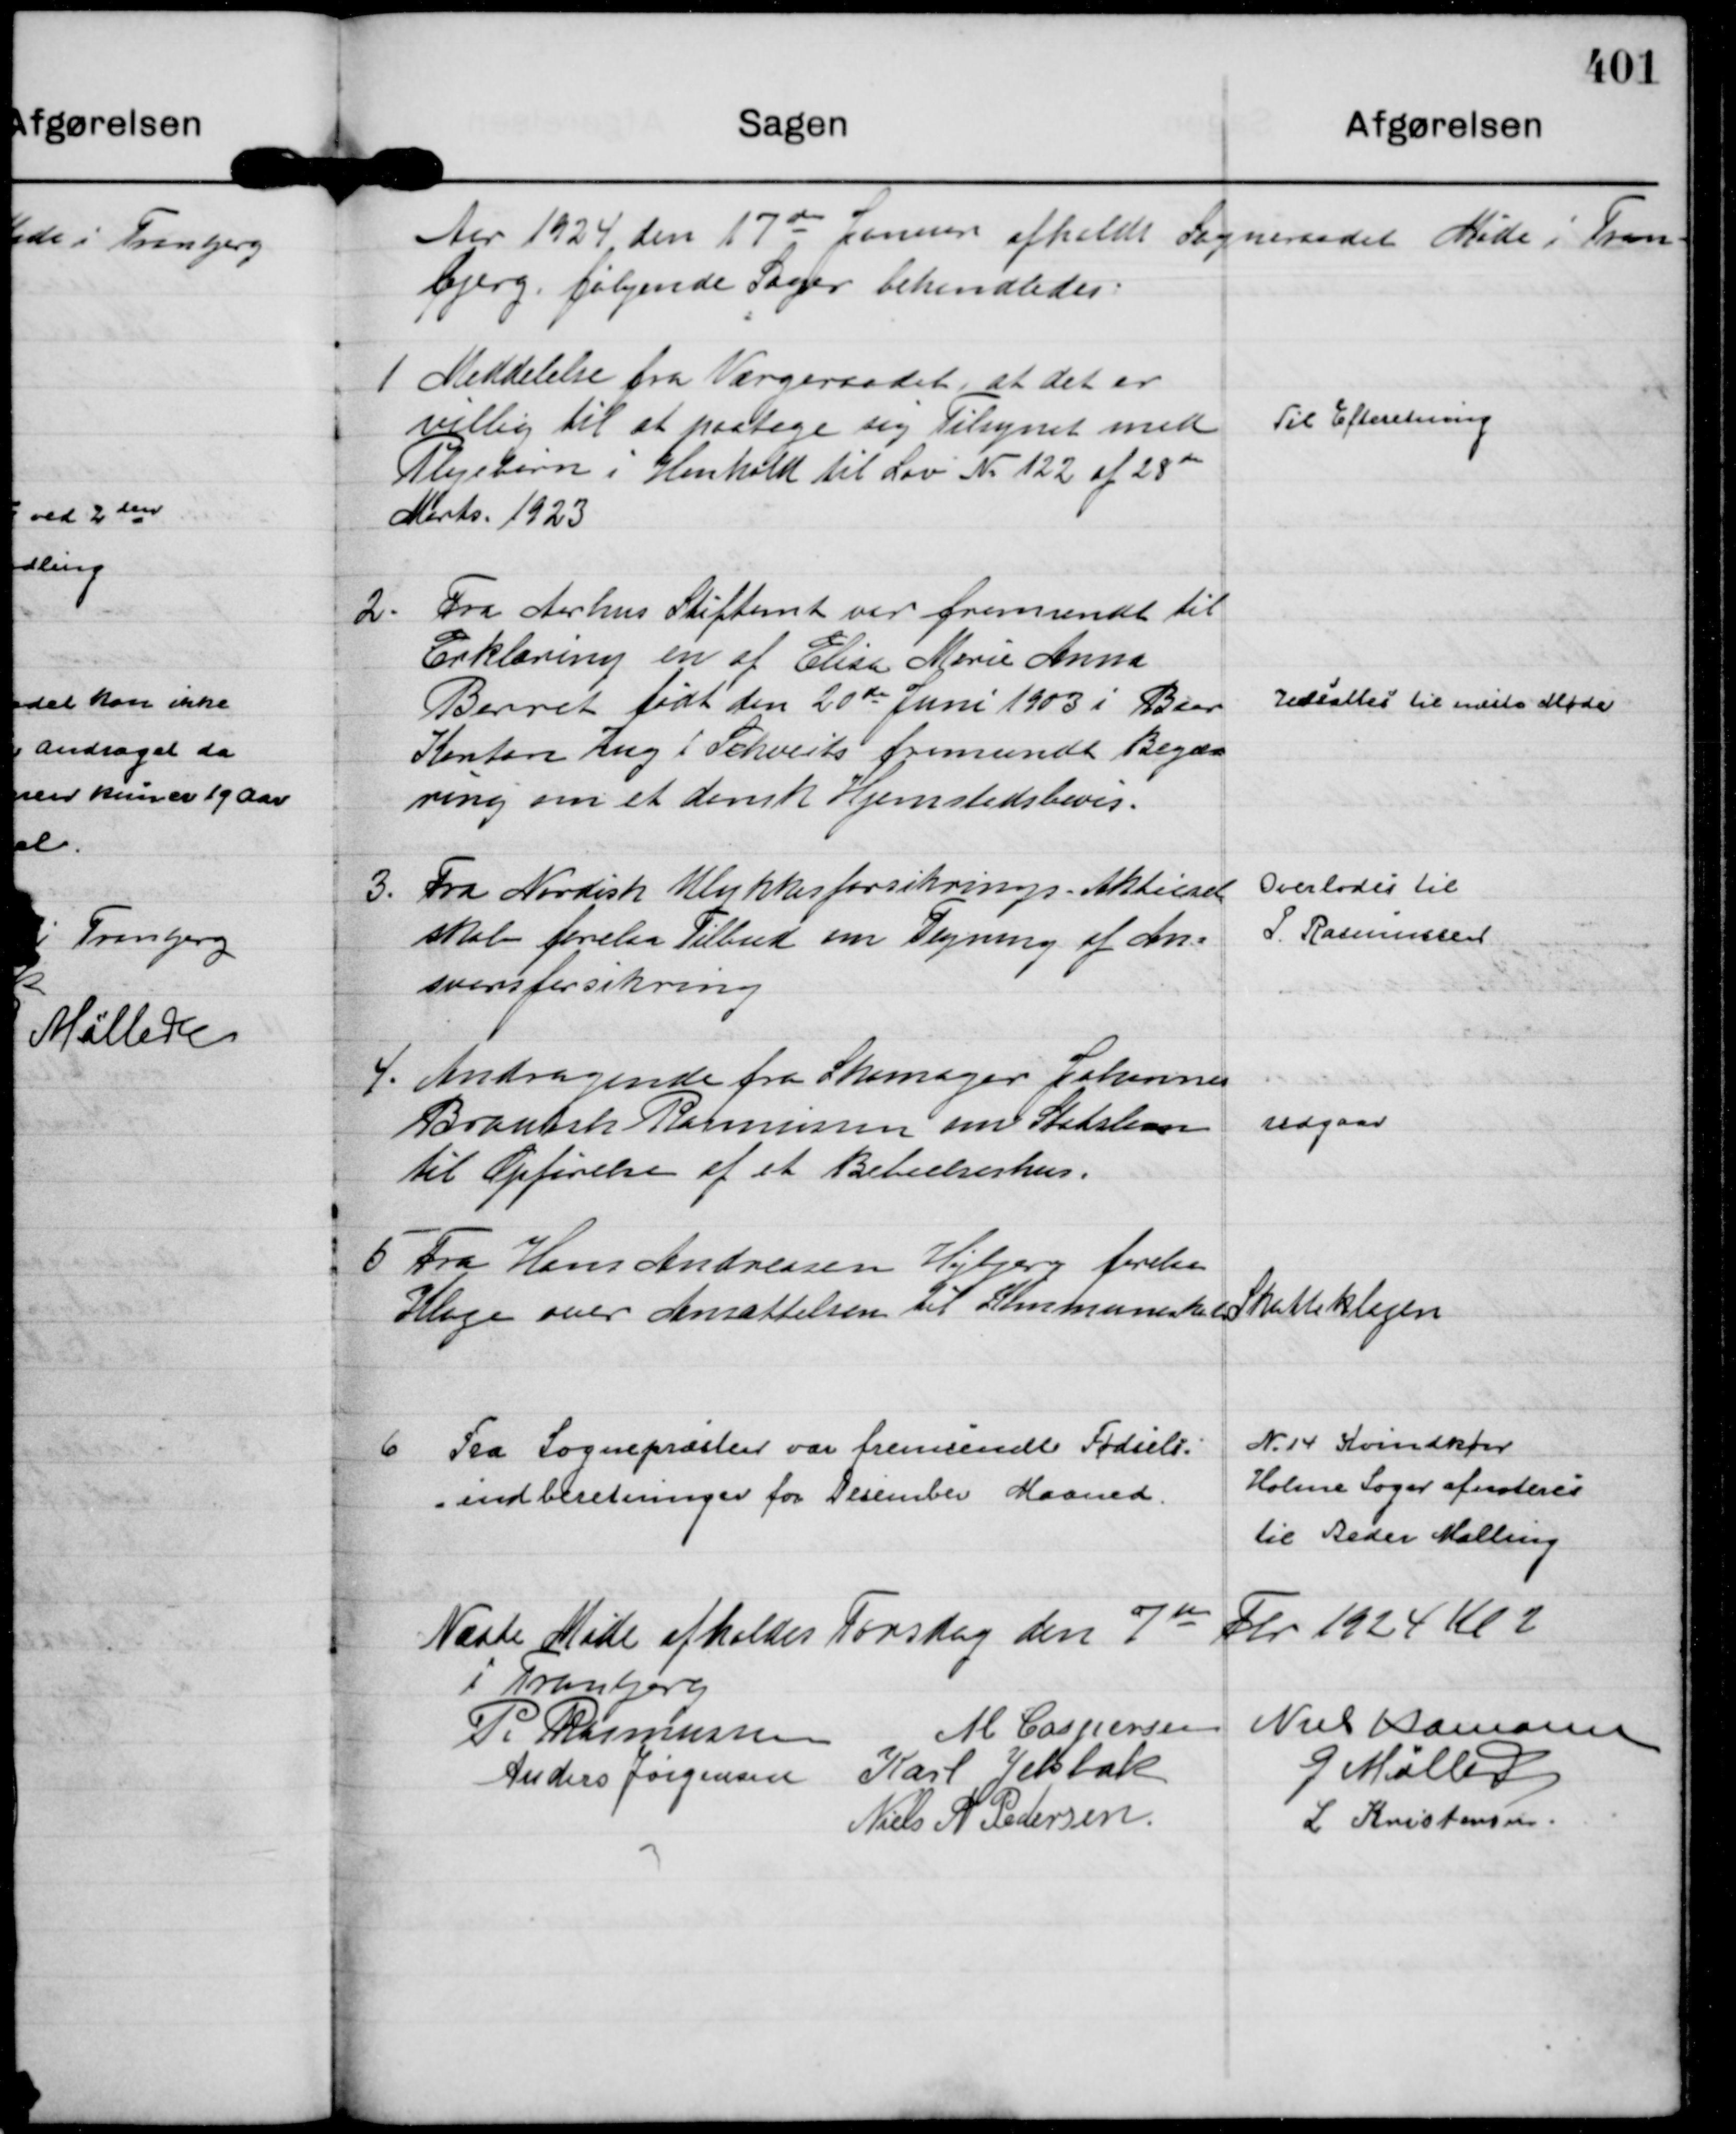
Transskription:
Aar 1924 den 17de 

Januar afholdt Sogneraadet Møde i Tran- 
bjerg, følgende Sager behandledes.

1
Meddelelse fra Værgeraadet, at det er
villig til at paatage sig Tilsynet med
Plejebørn i Henhold til Lov N. 122 af 28 de 
Marts. 1923

Til Efteretning

2.
Fra Aarhus Stiftamt var fremsendt til
Erklæring en af Elisa Marie Anna
Barret født den 20 de Juni 1903 i Baar
Kanton Zug i Schveits fremsendt Begæ= 
ring om et dansk Hjemstedbevis.

Udsættes til næste Møde

3.
Fra Nordisk Ulykkesforsikrings - Aktiesel=
skab forelaa Tilbud om Tegning af An=
svarsforsikring

Overlodes til
P. Rasmussen

4.
Andragende fra Skomager Johannes
Brantsh Rasmussen om Statslaan 
til Opførelse af et Beboelseshus.

udgaar

5
Fra Hans Andreasen Højbjerg forelaa
Klage over Ansættelsen til Kommuneskat Skatteklagen

6
Fra Sognepræsten var fremsendt Fødsels=
=indberetninger for Desember Maaned.

N. 14 Kvindkøn
Holme Sogn afnoteres
til Beder Malling

Næste Møde afholdes Torsdag den 7 den Fbr 1924 Kl 2
i Tranbjerg
P. Rasmussen
M Caspersen
Niels Hamann
Anders Jørgensen
Karl Jelsbak
G Møller
Niels A Pedersen.
L Kristensen.